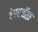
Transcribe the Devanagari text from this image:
टेररऑफ़